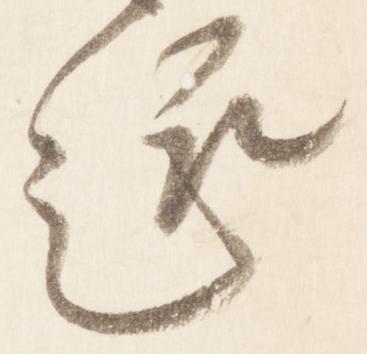
趣